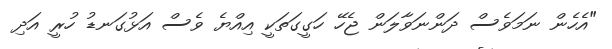
"އެހެން ނަމަވެސް ދަންނަވާލަން ޖެހޭ ހަގީގަތަކީ އިއްޔެ ވެސް އަޅުގަނޑު ހުރީ އަދި